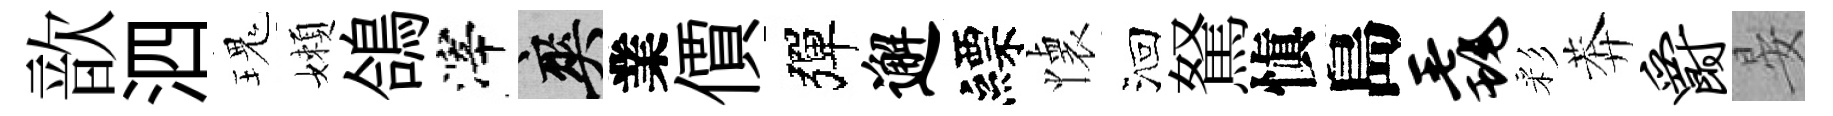
歆泗瑰嬾鴿滓爽業價彈邂縹懐洄駑愼島毳彩莾爵晏